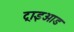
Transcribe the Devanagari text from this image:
ट्राइओड